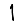
Digit: 1